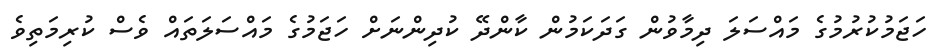
ހަޖަމުކުރުމުގެ މައްސަލަ ދިމާވުން ގަދަކަމުން ކާންދޭ ކުދިންނަށް ހަޖަމުގެ މައްސަލަތައް ވެސް ކުރިމަތިވެ